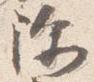
除